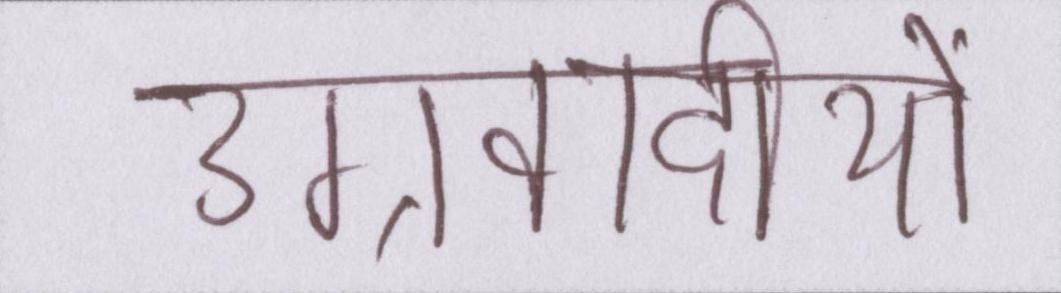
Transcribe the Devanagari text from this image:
उग्रवादीयों